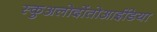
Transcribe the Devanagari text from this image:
स्कुअलोदोंतोआईडिया